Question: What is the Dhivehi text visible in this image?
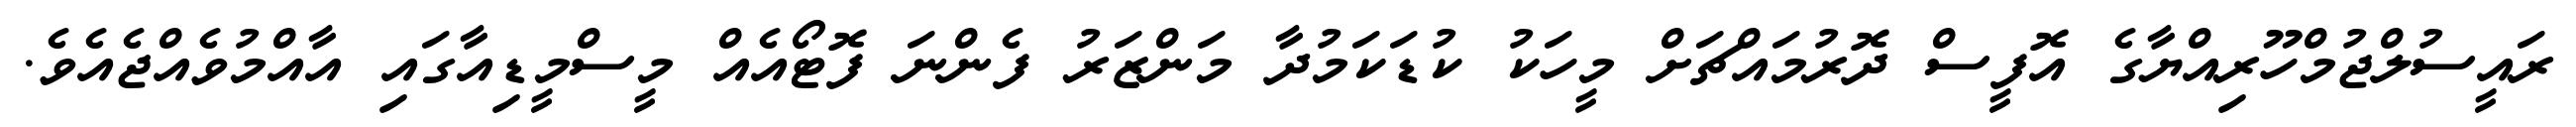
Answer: ރައީސުލްޖުމްހޫރިއްޔާގެ އޮފީސް ދޮރުމައްޗަށް މީހަކު ކުޑަކަމުދާ މަންޒަރު ފެންނަ ފޮޓޯއެއް މީސްމީޑިއާގައި އާއްމުވެއްޖެއެވެ.